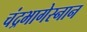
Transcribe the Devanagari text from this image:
चंद्रभागेस्नान